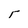
Character: F